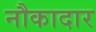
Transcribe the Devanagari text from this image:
नौकादार